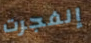
إنفجرت